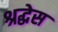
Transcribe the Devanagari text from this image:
श्रद्धेस